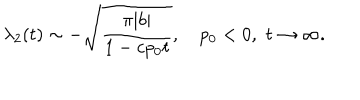
\lambda _ { 2 } ( t ) \sim - \sqrt { \frac { \pi | b | } { 1 - c p _ { 0 } t } } , \quad p _ { 0 } < 0 , \, \, t \to \infty .